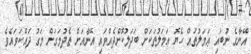
އޭނާގެ ނުބައި ޢަމަލުތައް ހެޔޮ ޢަމަލުތަކަށް ބަދަލުކޮށްދެއްވައި އޭނާއަށް ތެދުމަގަށް މަގު ދައްކަވައެވެ.